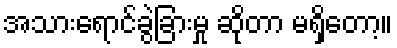
အသားရောင်ခွဲခြားမှု ဆိုတာ မရှိတော့။